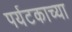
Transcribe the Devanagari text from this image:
पर्यटकाच्या